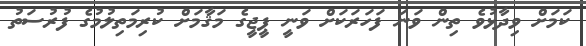
ކަމަށް ވިދާޅުވެ ތިން ވަނަ ފަހަރަކަށް ވަނީ ޕީޖީގެ މަޤާމަށް ކުރިމަތިލުމުގެ ފުރުސަތު